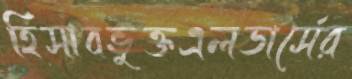
হিসাবভুক্তএলডার্সের